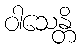
ဝါသေန္တိ